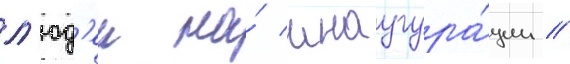
л'юд'еи на́ инаугура́ции //